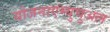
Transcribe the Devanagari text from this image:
योजनाएंम्युचुअल